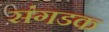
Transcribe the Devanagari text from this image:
संगडक